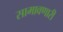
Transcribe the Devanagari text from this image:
सामावणारी